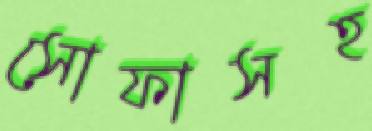
সোফাসহ